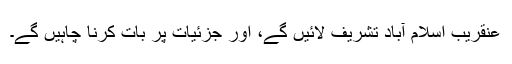
عنقریب اسلام آباد تشریف لائیں گے، اور جزئیات پر بات کرنا چاہیں گے۔